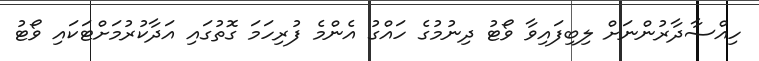
ހިއްސާދާރުންނަށް ލިބިފައިވާ ވޯޓު ދިނުމުގެ ހައްގު އެންމެ ފުރިހަމަ ގޮތުގައި އަދާކުރުމަށްޓަކައި ވޯޓު